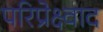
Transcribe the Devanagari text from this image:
परिप्रेक्ष्वाद